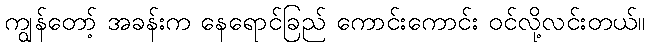
ကျွန်တော့် အခန်းက နေရောင်ခြည် ကောင်းကောင်း ဝင်လို့လင်းတယ်။